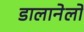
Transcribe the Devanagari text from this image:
डालानेलो